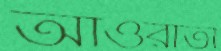
আওরাতী